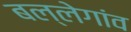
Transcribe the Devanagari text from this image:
बल्लेगांव